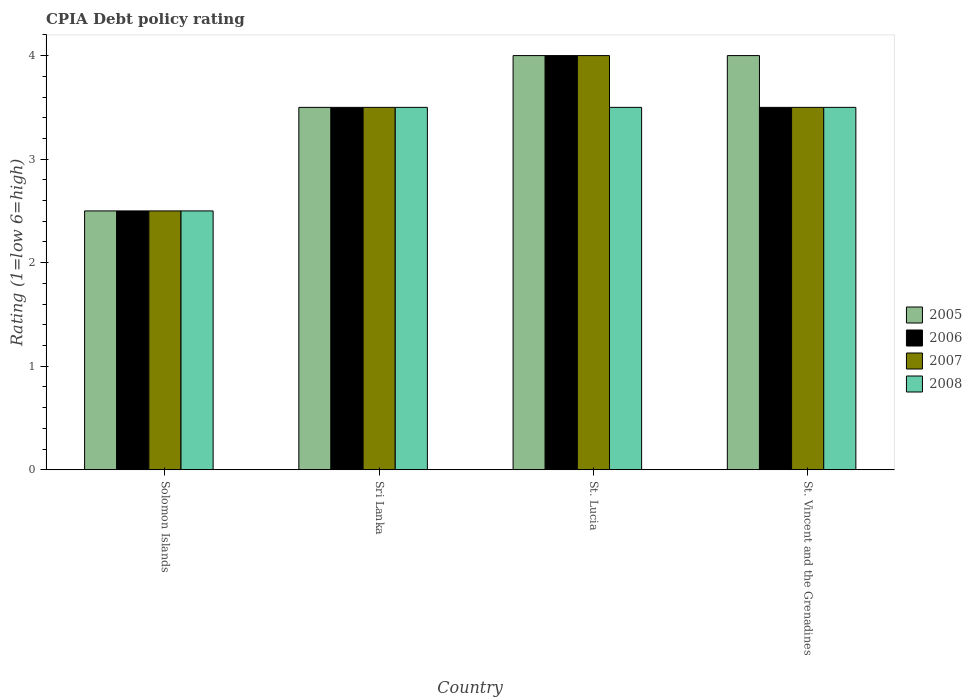
| Country | 2005 | 2006 | 2007 | 2008 |
 | --- | --- | --- | --- | --- |
 | Solomon Islands | 2.5 | 2.5 | 2.5 | 2.5 |
 | Sri Lanka | 3.5 | 3.5 | 3.5 | 3.5 |
 | St. Lucia | 4 | 4 | 4 | 3.5 |
 | St. Vincent and the Grenadines | 4 | 3.5 | 3.5 | 3.5 |